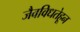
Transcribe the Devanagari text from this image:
जैवविधतेहून